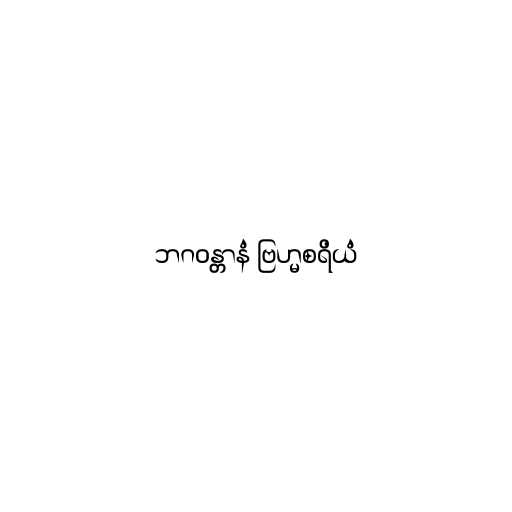
ဘဂဝန္တာနံ ဗြဟ္မစရိယံ